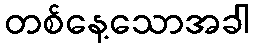
တစ်နေ့သောအခါ